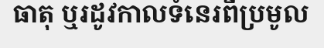
ធាតុ ឬរដូវកាលទំនេរពីប្រមូល